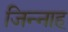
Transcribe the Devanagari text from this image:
जिन्‍नाह